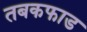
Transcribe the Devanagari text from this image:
तबकफाड